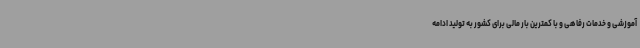
آموزشی و خدمات رفاهی و با کمترین بار مالی برای کشور به تولید ادامه